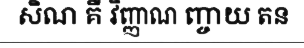
សិណ គឺ វិញ្ញាណ ញ្ចាយ តន